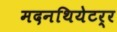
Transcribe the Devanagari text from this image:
मदनथियेटर्र